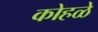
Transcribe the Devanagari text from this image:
कोहळे